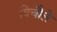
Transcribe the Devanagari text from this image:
बिचौले